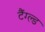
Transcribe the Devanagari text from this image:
टैंग्ल्ड